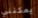
يمكنني